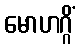
မောဟဂ္ဂိံ